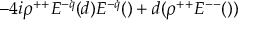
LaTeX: - 4 i \rho ^ { + + } E ^ { - \dot { q } } ( d ) E ^ { - \dot { q } } ( \d ) + d ( \rho ^ { + + } E ^ { -- } ( \d ) )